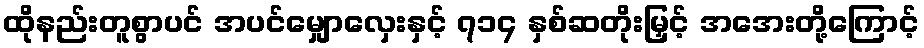
ထိုနည်းတူစွာပင် အပင်မျှောလှေးနှင့် ၇၁၄ နှစ်ဆတိုးမြှင့် အအေးတို့ကြောင့်